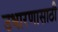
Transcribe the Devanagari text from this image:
उधारणासाठी